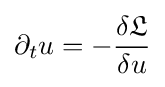
\partial _{t}u=-{\frac {\delta {\mathfrak {L}}}{\delta u}}